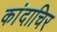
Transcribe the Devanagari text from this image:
कांदाचिर